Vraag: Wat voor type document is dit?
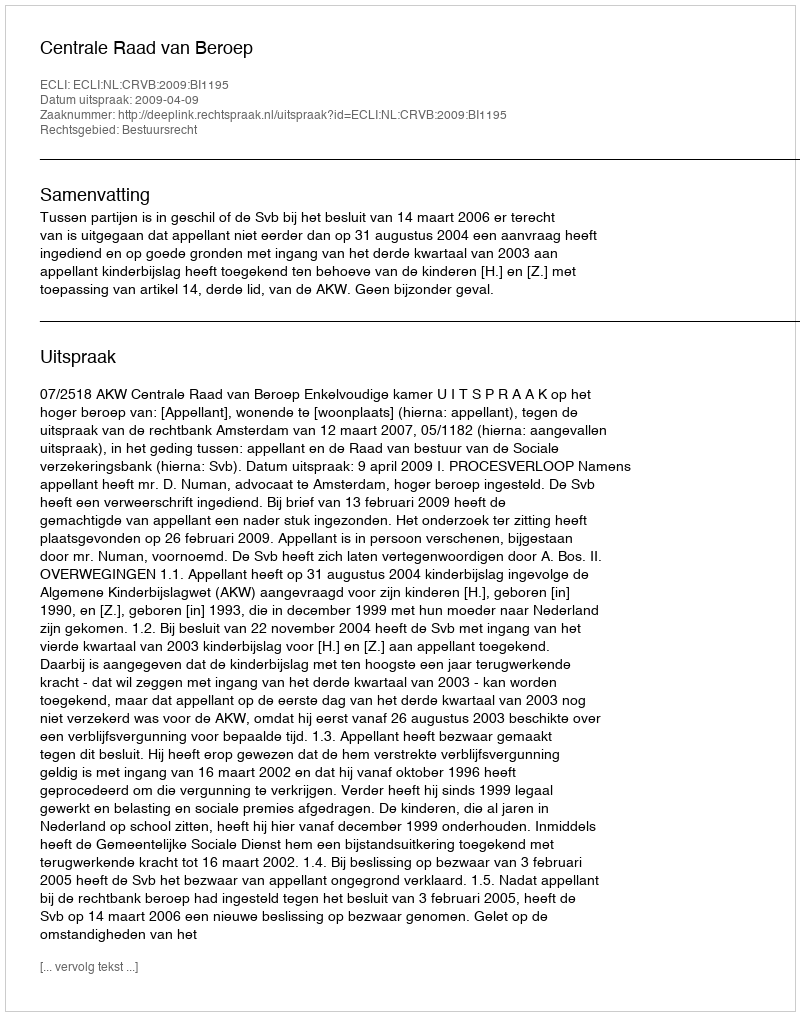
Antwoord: Uitspraak